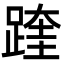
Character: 䠑